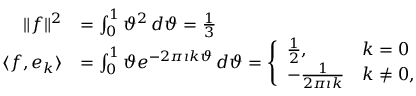
{ \begin{array} { r l } { \| f \| ^ { 2 } } & { = \int _ { 0 } ^ { 1 } \vartheta ^ { 2 } \, d \vartheta = { \frac { 1 } { 3 } } } \\ { \langle f , e _ { k } \rangle } & { = \int _ { 0 } ^ { 1 } \vartheta e ^ { - 2 \pi \imath k \vartheta } \, d \vartheta = { \Biggl \{ \begin{array} { l l } { { \frac { 1 } { 2 } } , } & { k = 0 } \\ { - { \frac { 1 } { 2 \pi \imath k } } } & { k \neq 0 , } \end{array} } } \end{array} }